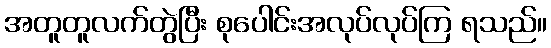
အတူတူလက်တွဲပြီး စုပေါင်းအလုပ်လုပ်ကြ ရသည်။